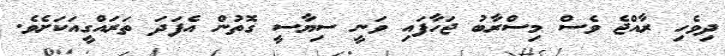
ދިވެހި ރާއްޖެ ވެސް މިސްރާބު ޖަހާފައި ވަނީ ސިޔާސީ ގޮތުން އެފަދަ ތަރައްގީއަކަށެވެ.